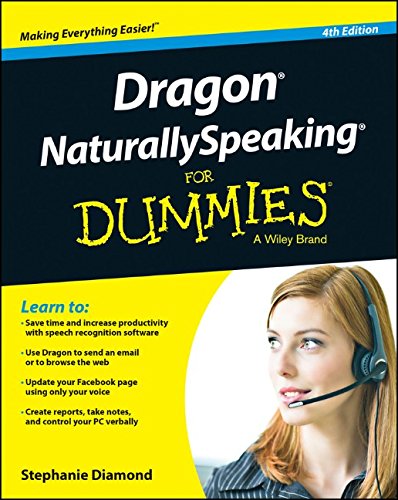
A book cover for Dragon NaturallySpeaking For Dummies; Stephanie Diamond; Computers & Technology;